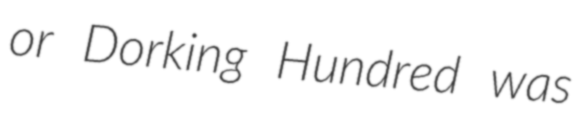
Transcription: or Dorking Hundred was